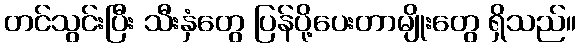
တင်သွင်းပြီး သီးနှံတွေ ပြန်ပို့ပေးတာမျိုးတွေ ရှိသည်။